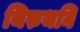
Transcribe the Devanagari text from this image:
थिरुथनि